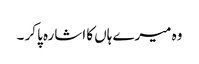
وہ میرے ہاں کا اشارہ پا کر ۔